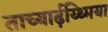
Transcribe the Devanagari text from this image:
ताच्यार्ढ़य्थ्मिया